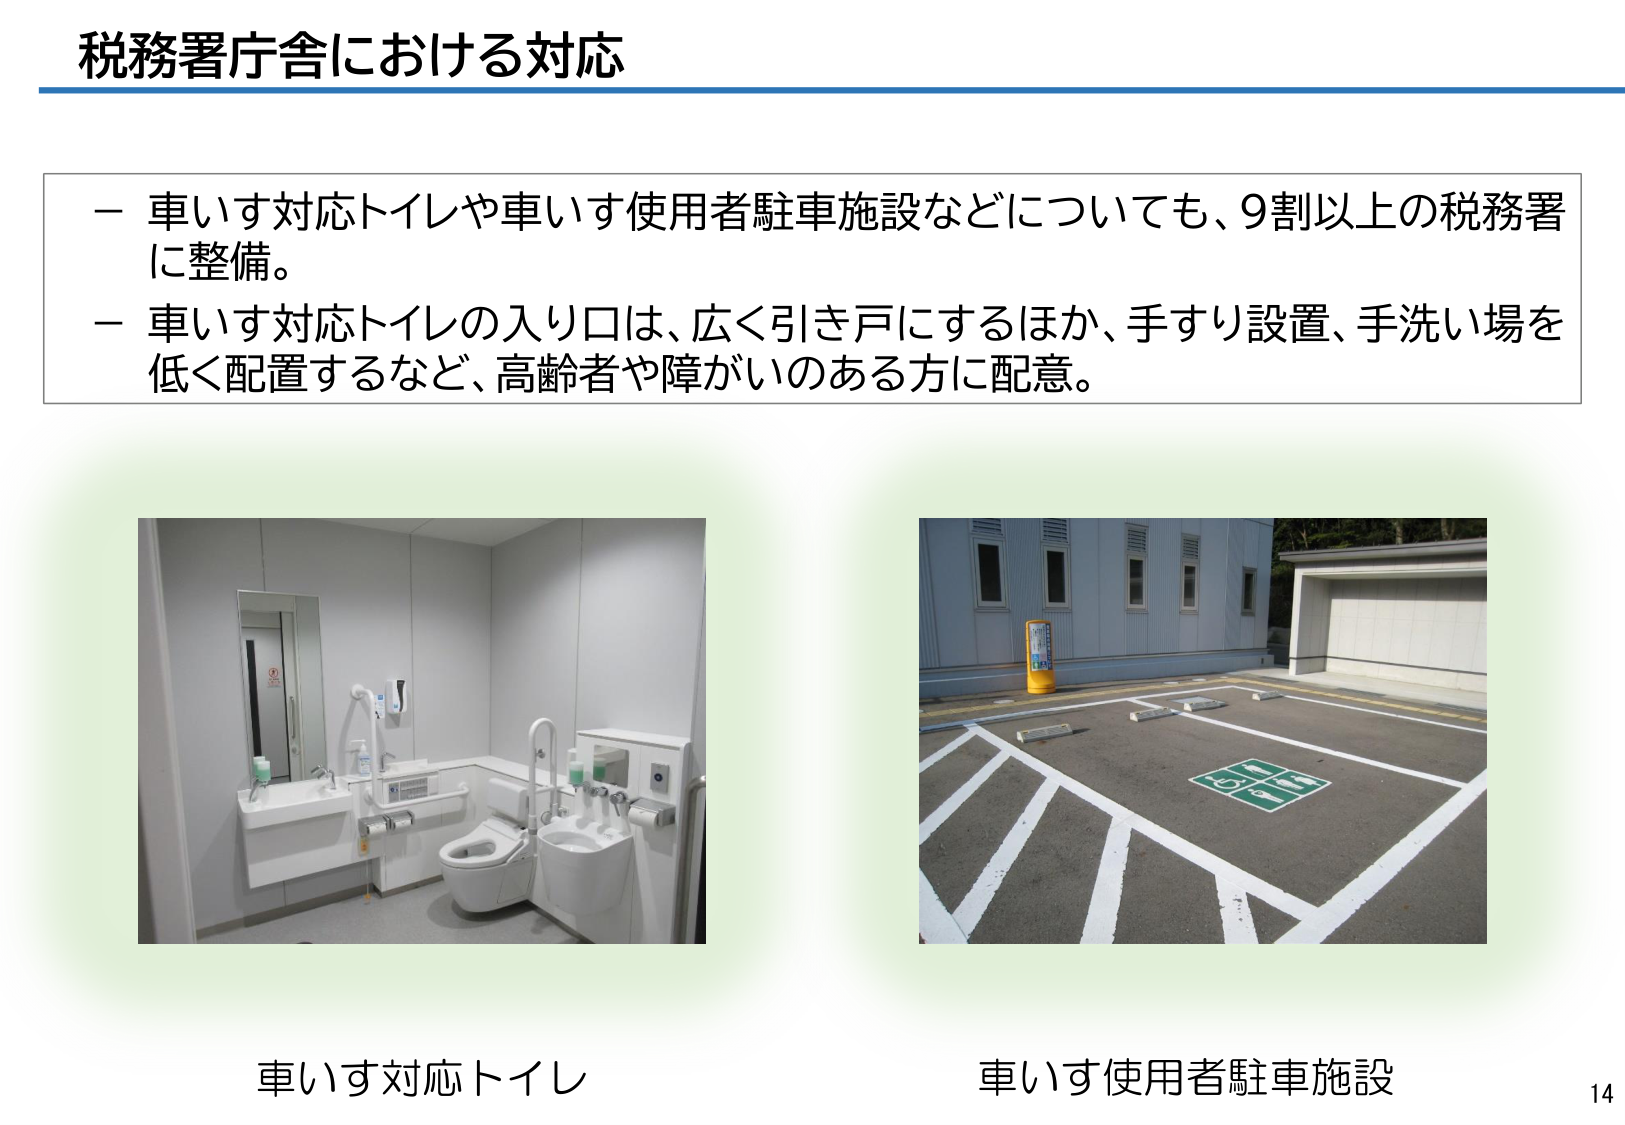
税務署庁舎における対応

－ 車いす対応トイレや車いす使用者駐車施設などについても、9割以上の税務署に整備。
－ 車いす対応トイレの入り口は、広く引き戸にするほか、手すり設置、手洗い場を低く配置するなど、高齢者や障がいのある方に配意。

車いす対応トイレ

車いす使用者駐車施設

14